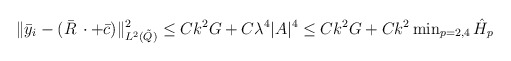
\begin{align*}\Vert \bar{y}_i - (\bar{R}\,\cdot +\bar{c})\Vert^2_{L^2(\tilde{Q})} \le Ck^2 G + C\lambda^4 |A|^4\le Ck^2 G + Ck^2 \min\nolimits_{p=2,4} \hat{H}_p \end{align*}